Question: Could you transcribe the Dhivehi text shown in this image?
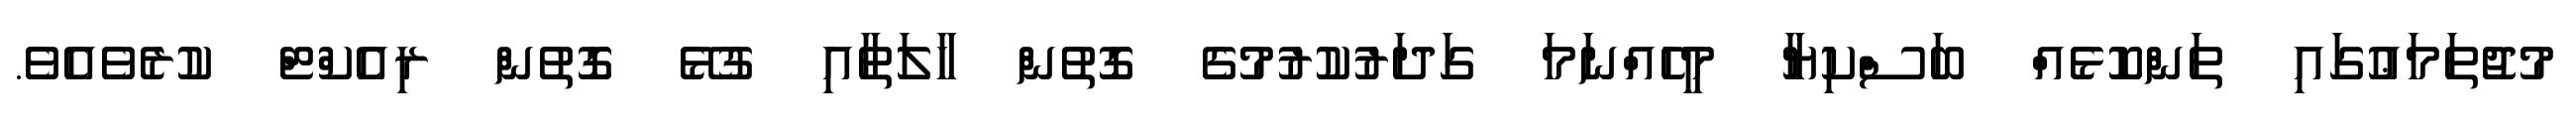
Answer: މުޖުތަމަޢުގައި ތަންކޮޅެއް ބަސްކިޔާ މީހެއްނަމަ ގަދަރުކުރުމުގެ ގޮތުން ހާލަތާއި ގުޅޭ ގޮތުން ރިއެކްޓް ކުރެވެއެވެ.